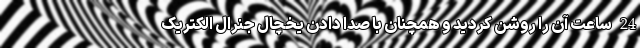
24 ساعت آن را روشن کردید و همچنان با صدا دادن یخچال جنرال الکتریک